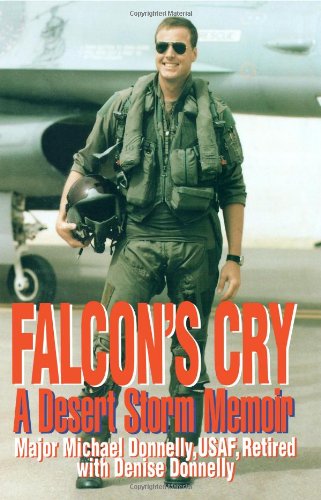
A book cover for Falcon's Cry: A Desert Storm Memoir; Michael Donnelly; History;